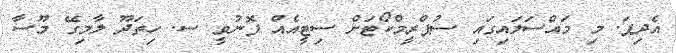
އެދިފަ. މި މައްސަލައިގައި ސުޕްރީމްކޯޓަށް ސިޓީއެއް ފޮނުވީ ސ. ހިތަދޫ ލާމިގޭ މޫސާ